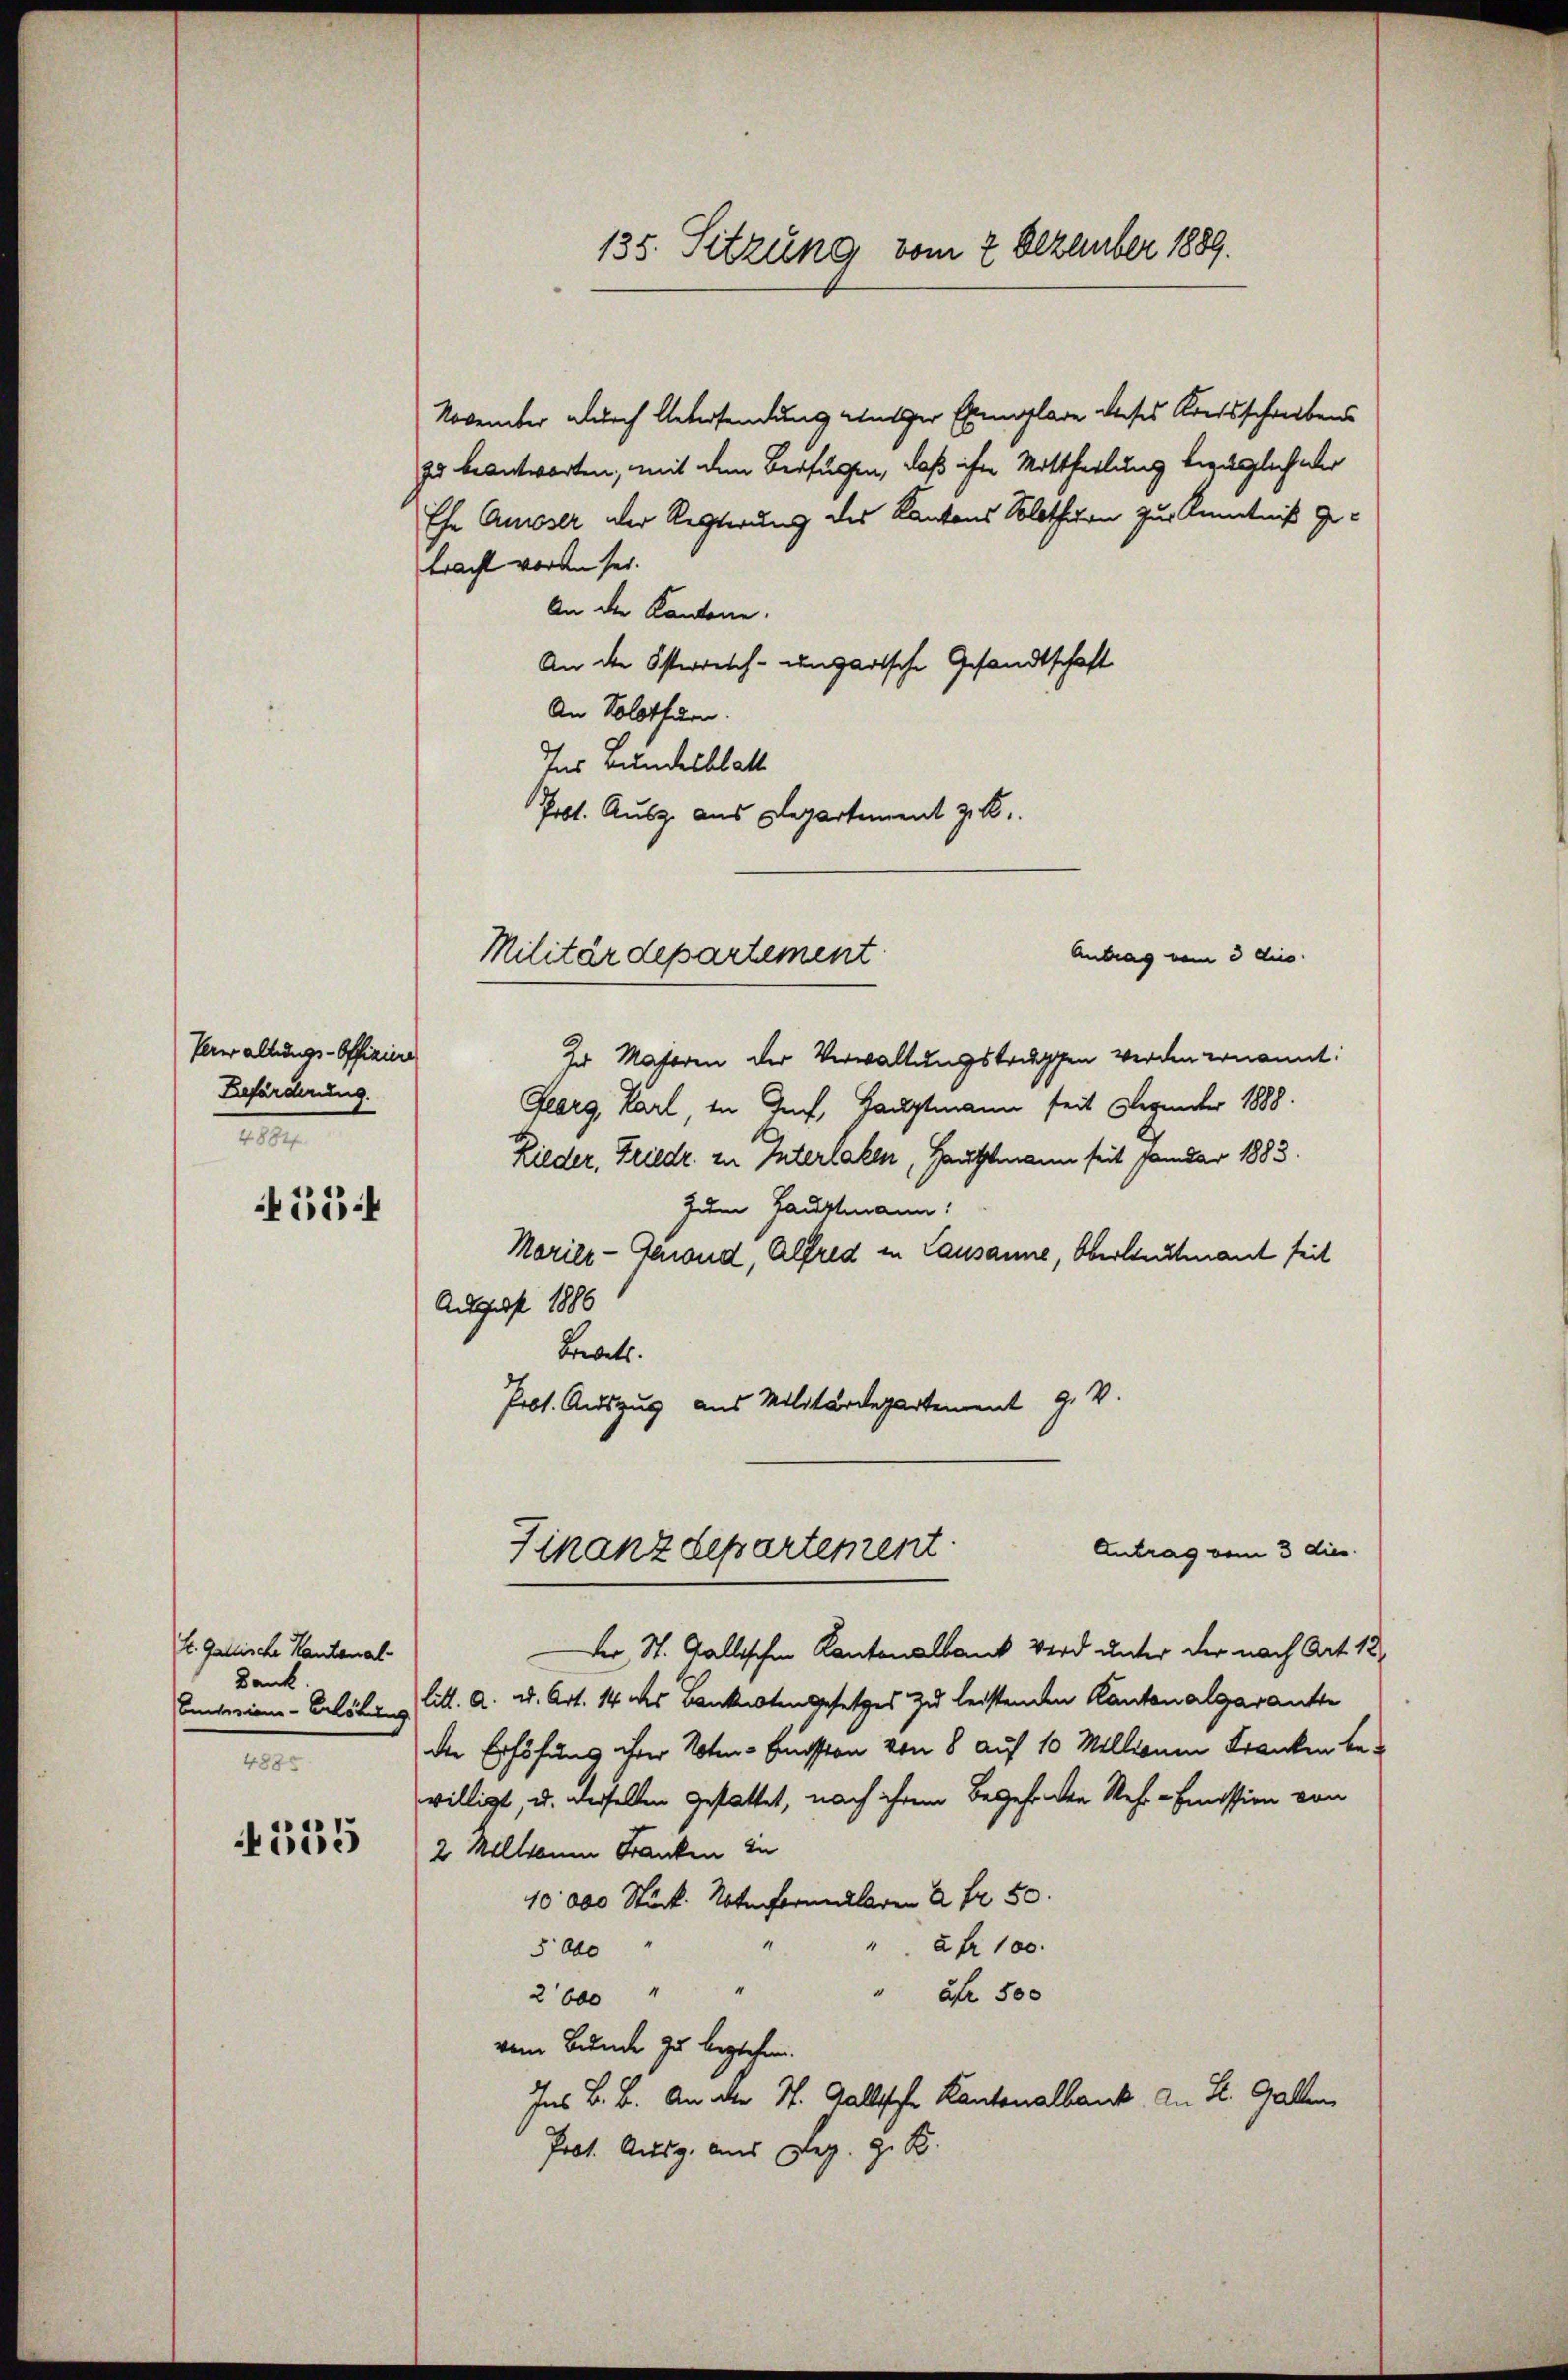
Verwaltungs-Offiziere
Beförderung.
1
55

t. Gallische Kantonal-
Dank
Enterien-Erlösung
4885

555

November durch Untersendung unter Exemplare dieses Konsschreibens
zu beantworten, mit dem Verfügen, daß ihn Mittheilung bezüglich oder
Ehe Ausser der Rechterung des Kantons Solothurn zur Kenntniß gebracht worden sei.
An der Kantone.
An die Osterreich-ungartsche Gesandtschaft
An Solothurn.
Ins Bundesblatt
Pobt. Ausg. aus Departement z. B.

135. Sitzung vom 2 Dezember 1889.

Antrag vom 3 dies
Ir Majoren der Verwaltungstodessen werden ernannt:
Georg Karl in Genf, Hauptmann seit Dezember 1888.
Rieder, Friedr. in Interlaken, Hauptmann seit fremdar 1883.
zum Hauptmann:
Marier-Grand, Alfred in Lausanne, Oberleutnant seit
August 1886
Brevett.
Prot. Auszug aus Militärdepartement J. V.

Militärdepartement

Finanzdepartement.

Antrag vom 3 dies
Der St. Gallischen Kantonalbank wird unter der nach Art. 12
litt. a. u. Art. 14 des Bankistengesetzes zu leistenden Kantonalgarante
der Erhöhung ihrer Noten-Emission von 8 auf 10 Millionen Kranken bewilligt, u. derselben gestattet, nach ihrem Begehenden Rehr-Emission von
2 Millraum Franken in
10000 Stück Notenformularen 2 Fr. 50.
 2fr. 100.
5000
2600 " "
Afr 500
vom Bunde zu beglehen.
Ins B. B. An der St. Gallische Kantonalbank. An St. Gallen,
Prot. Ausg. aus Dez. z. B.